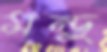
মন্ডু